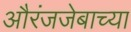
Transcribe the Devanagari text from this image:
औरंजजेबाच्या